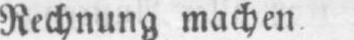
Rechnung machen